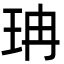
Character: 珃